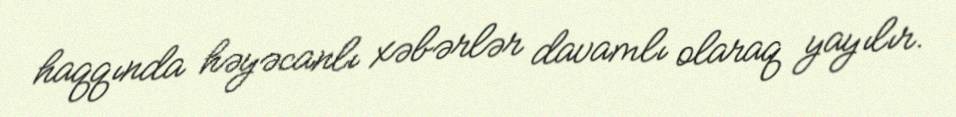
haqqında həyəcanlı xəbərlər davamlı olaraq yayılır.